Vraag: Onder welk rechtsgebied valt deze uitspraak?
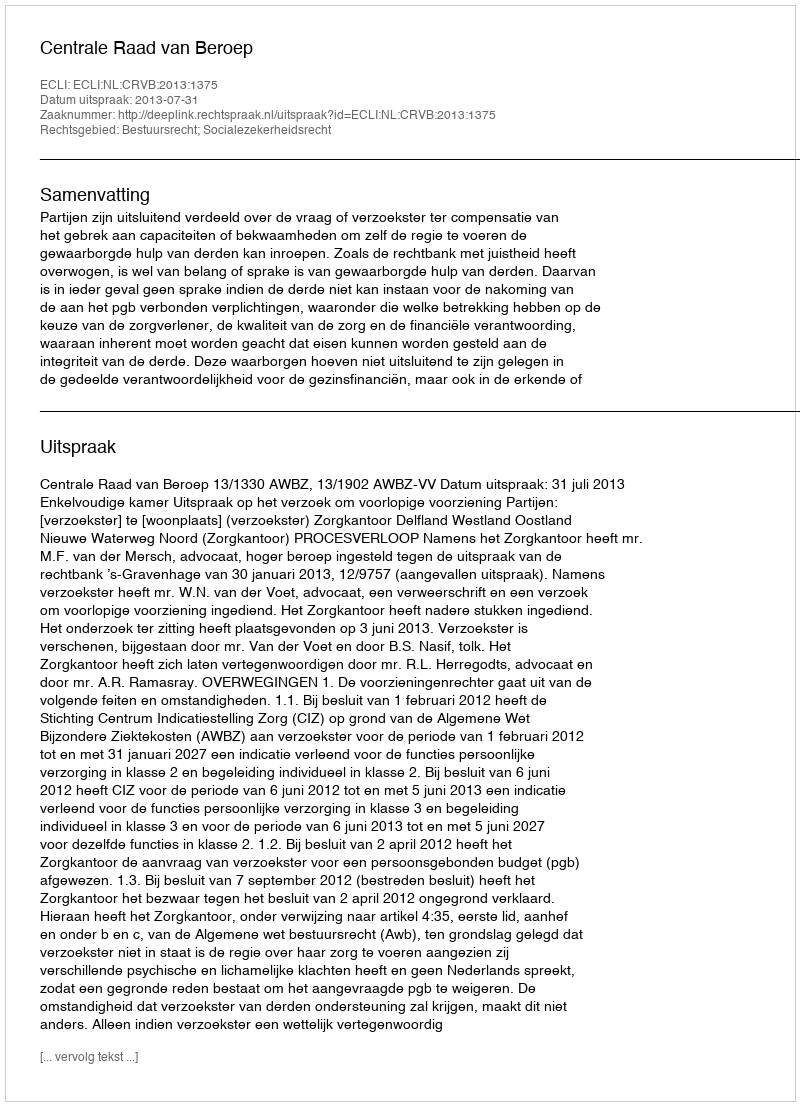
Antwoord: Bestuursrecht; Socialezekerheidsrecht